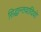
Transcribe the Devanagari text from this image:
सिद्धान्तवादियो